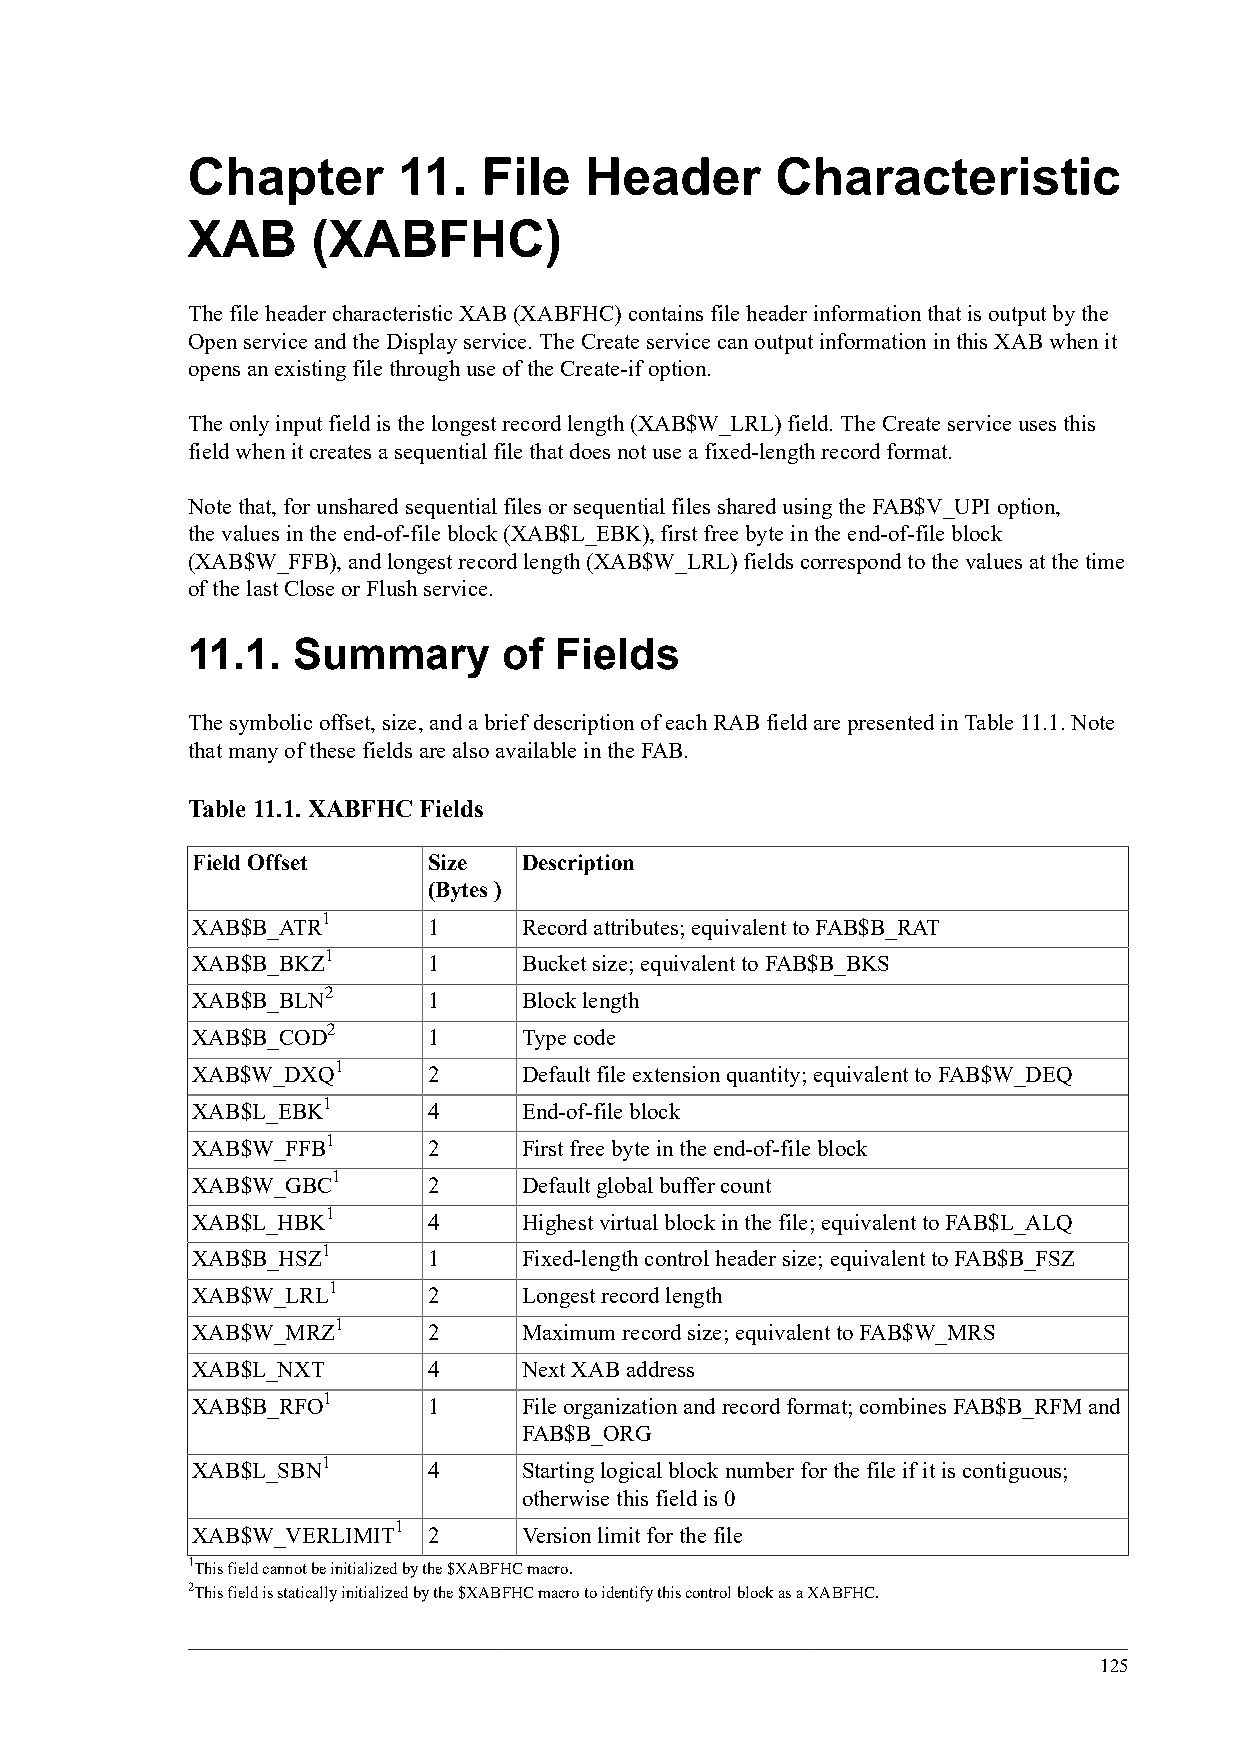
Chapter       11.   File   Header      Characteristic
 XAB      (XABFHC)
 The file header characteristic XAB (XABFHC) contains file header information that is output by the
 Open service and the Display service. The Create service can output information in this XAB when it
 opens an existing file through use of the Create-if option.
 The only input field is the longest record length (XAB$W_LRL) field. The Create service uses this
 field when it creates a sequential file that does not use a fixed-length record format.
 Note that, for unshared sequential files or sequential files shared using the FAB$V_UPI option,
 the values in the end-of-file block (XAB$L_EBK), first free byte in the end-of-file block
 (XAB$W_FFB), and longest record length (XAB$W_LRL) fields correspond to the values at the time
 of the last Close or Flush service.
 11.1.  Summary       of  Fields
 The symbolic offset, size, and a brief description of each RAB field are presented in Table 11.1. Note
 that many of these fields are also available in the FAB.
 Table 11.1. XABFHC Fields
 Field Offset   Size   Description
 (Bytes )
 1
 XAB$B_ATR      1      Record attributes; equivalent to FAB$B_RAT
 1
 XAB$B_BKZ      1      Bucket size; equivalent to FAB$B_BKS
 2
 XAB$B_BLN      1      Block length
 2
 XAB$B_COD      1      Type code
 1
 XAB$W_DXQ      2      Default file extension quantity; equivalent to FAB$W_DEQ
 1
 XAB$L_EBK      4      End-of-file block
 1
 XAB$W_FFB      2      First free byte in the end-of-file block
 1
 XAB$W_GBC      2      Default global buffer count
 1
 XAB$L_HBK      4      Highest virtual block in the file; equivalent to FAB$L_ALQ
 1
 XAB$B_HSZ      1      Fixed-length control header size; equivalent to FAB$B_FSZ
 1
 XAB$W_LRL      2      Longest record length
 1
 XAB$W_MRZ      2      Maximum record size; equivalent to FAB$W_MRS
 XAB$L_NXT      4      Next XAB address
 1
 XAB$B_RFO      1      File organization and record format; combines FAB$B_RFM and
 FAB$B_ORG
 1
 XAB$L_SBN      4      Starting logical block number for the file if it is contiguous;
 otherwise this field is 0
 1
 XAB$W_VERLIMIT 2      Version limit for the file
 1This field cannot be initialized by the $XABFHC macro.
 2This field is statically initialized by the $XABFHC macro to identify this control block as a XABFHC.
 125